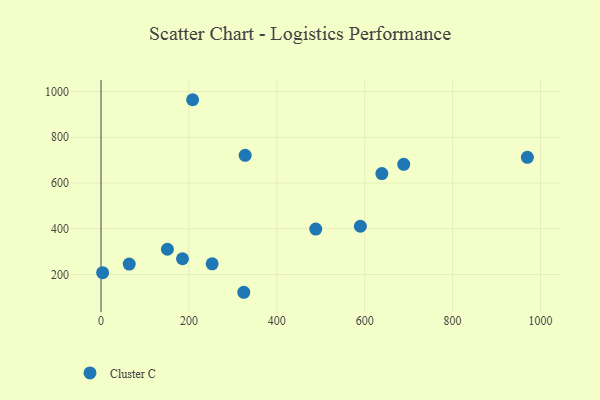
{"axis": {"x": "Study Hours", "y": "Demand"}, "legend": ["Cluster C"], "data": [{"x": "328.0", "y": 721.0, "type": "Cluster C"}, {"x": "208.5", "y": 964.2, "type": "Cluster C"}, {"x": "324.9", "y": 122.1, "type": "Cluster C"}, {"x": "64.2", "y": 245.5, "type": "Cluster C"}, {"x": "688.8", "y": 681.8, "type": "Cluster C"}, {"x": "151.1", "y": 310.3, "type": "Cluster C"}, {"x": "3.7", "y": 207.7, "type": "Cluster C"}, {"x": "185.4", "y": 268.8, "type": "Cluster C"}, {"x": "488.6", "y": 398.3, "type": "Cluster C"}, {"x": "252.9", "y": 246.4, "type": "Cluster C"}, {"x": "970.1", "y": 712.4, "type": "Cluster C"}, {"x": "639.0", "y": 641.2, "type": "Cluster C"}, {"x": "590.1", "y": 410.8, "type": "Cluster C"}]}